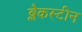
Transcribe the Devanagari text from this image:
ब्लैकस्टीन